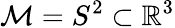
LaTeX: \mathcal M=S^{2}\subset\mathbb R^{3}